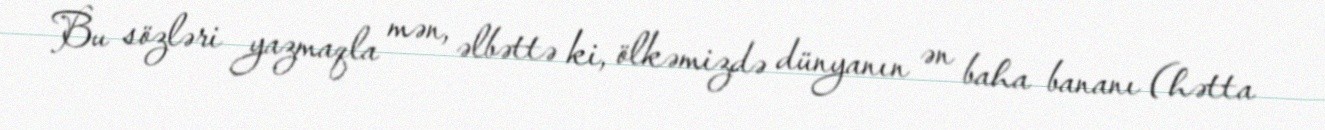
Bu sözləri yazmaqla mən, əlbəttə ki, ölkəmizdə dünyanın ən baha bananı (hətta